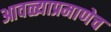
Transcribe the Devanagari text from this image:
आवळ्याप्रमाणेच